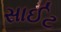
સાઈટ